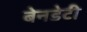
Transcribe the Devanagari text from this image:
बेनडेटी